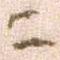
ニ